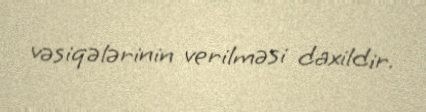
vəsiqələrinin verilməsi daxildir.